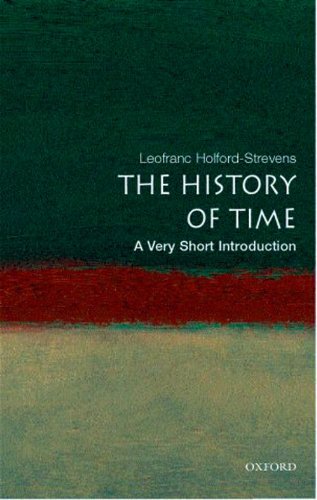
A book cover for The History of Time: A Very Short Introduction; Leofranc Holford-Strevens; Science & Math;